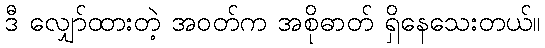
ဒီ လျှော်ထားတဲ့ အဝတ်က အစိုဓာတ် ရှိနေသေးတယ်။